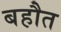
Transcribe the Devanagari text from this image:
बहौत